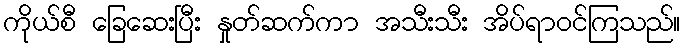
ကိုယ်စီ ခြေဆေးပြီး နှုတ်ဆက်ကာ အသီးသီး အိပ်ရာဝင်ကြသည်။